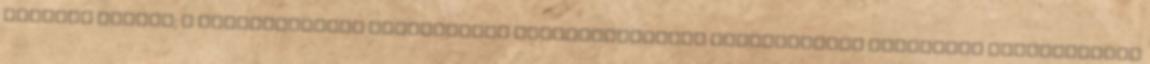
Horváth György: A polgármesteri tájékoztató kiegészítésével kapcsolatban kérdezném polgármester